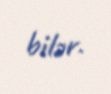
bilər.